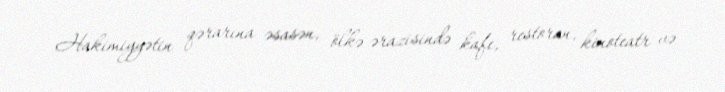
Hakimiyyətin qərarına əsasən, ölkə ərazisində kafe, restoran, kinoteatr və